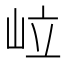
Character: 𡶧